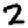
Digit: 2